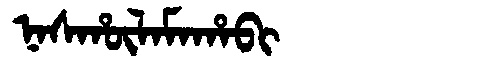
Manchu: ᠨᠠᠰᡥᡡᠯᠠᠮᠠᡥᠠᠪᡳ
Romanization: NASHŪLAMAHABI